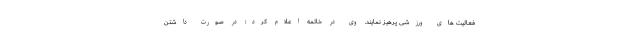
فعالیت های ورزشی پرهیز نمایند. وی در خاتمه اعلام کرد: در صورت داشتن